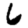
Digit: 6